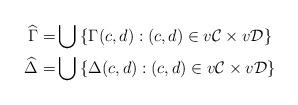
LaTeX: \begin{align*}\widehat{\Gamma} = & \bigcup\: \{ \Gamma(c,d) : (c,d) \in v\mathcal{C} \times v\mathcal{D} \} \\\widehat{\Delta} = & \bigcup\: \{ \Delta(c,d) : (c,d) \in v\mathcal{C} \times v\mathcal{D} \}\end{align*}